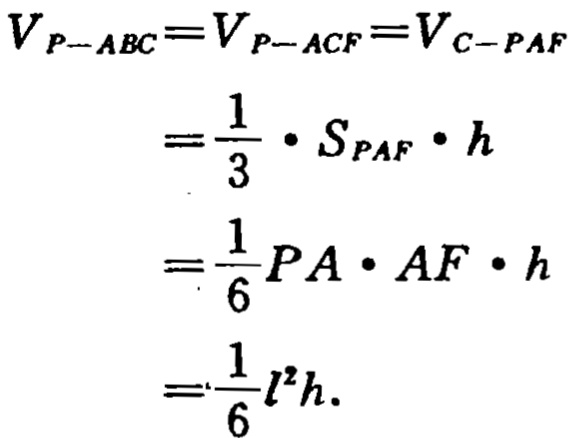
\[

\begin{align*}

V_{P - ABC}&=V_{P - ACF}=V_{C - PAF}\\

&=\frac{1}{3} \cdot S_{PAF} \cdot h\\

&=\frac{1}{6}PA \cdot AF \cdot h\\

&=\frac{1}{6}l^{2}h.

\end{align*}

\]